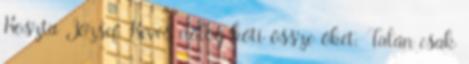
Koszta József. Kevés dolog köti össze őket. Talán csak